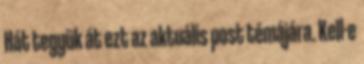
Hát tegyük át ezt az aktuális post témájára. Kell-e